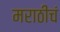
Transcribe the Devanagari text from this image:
मराठीचं